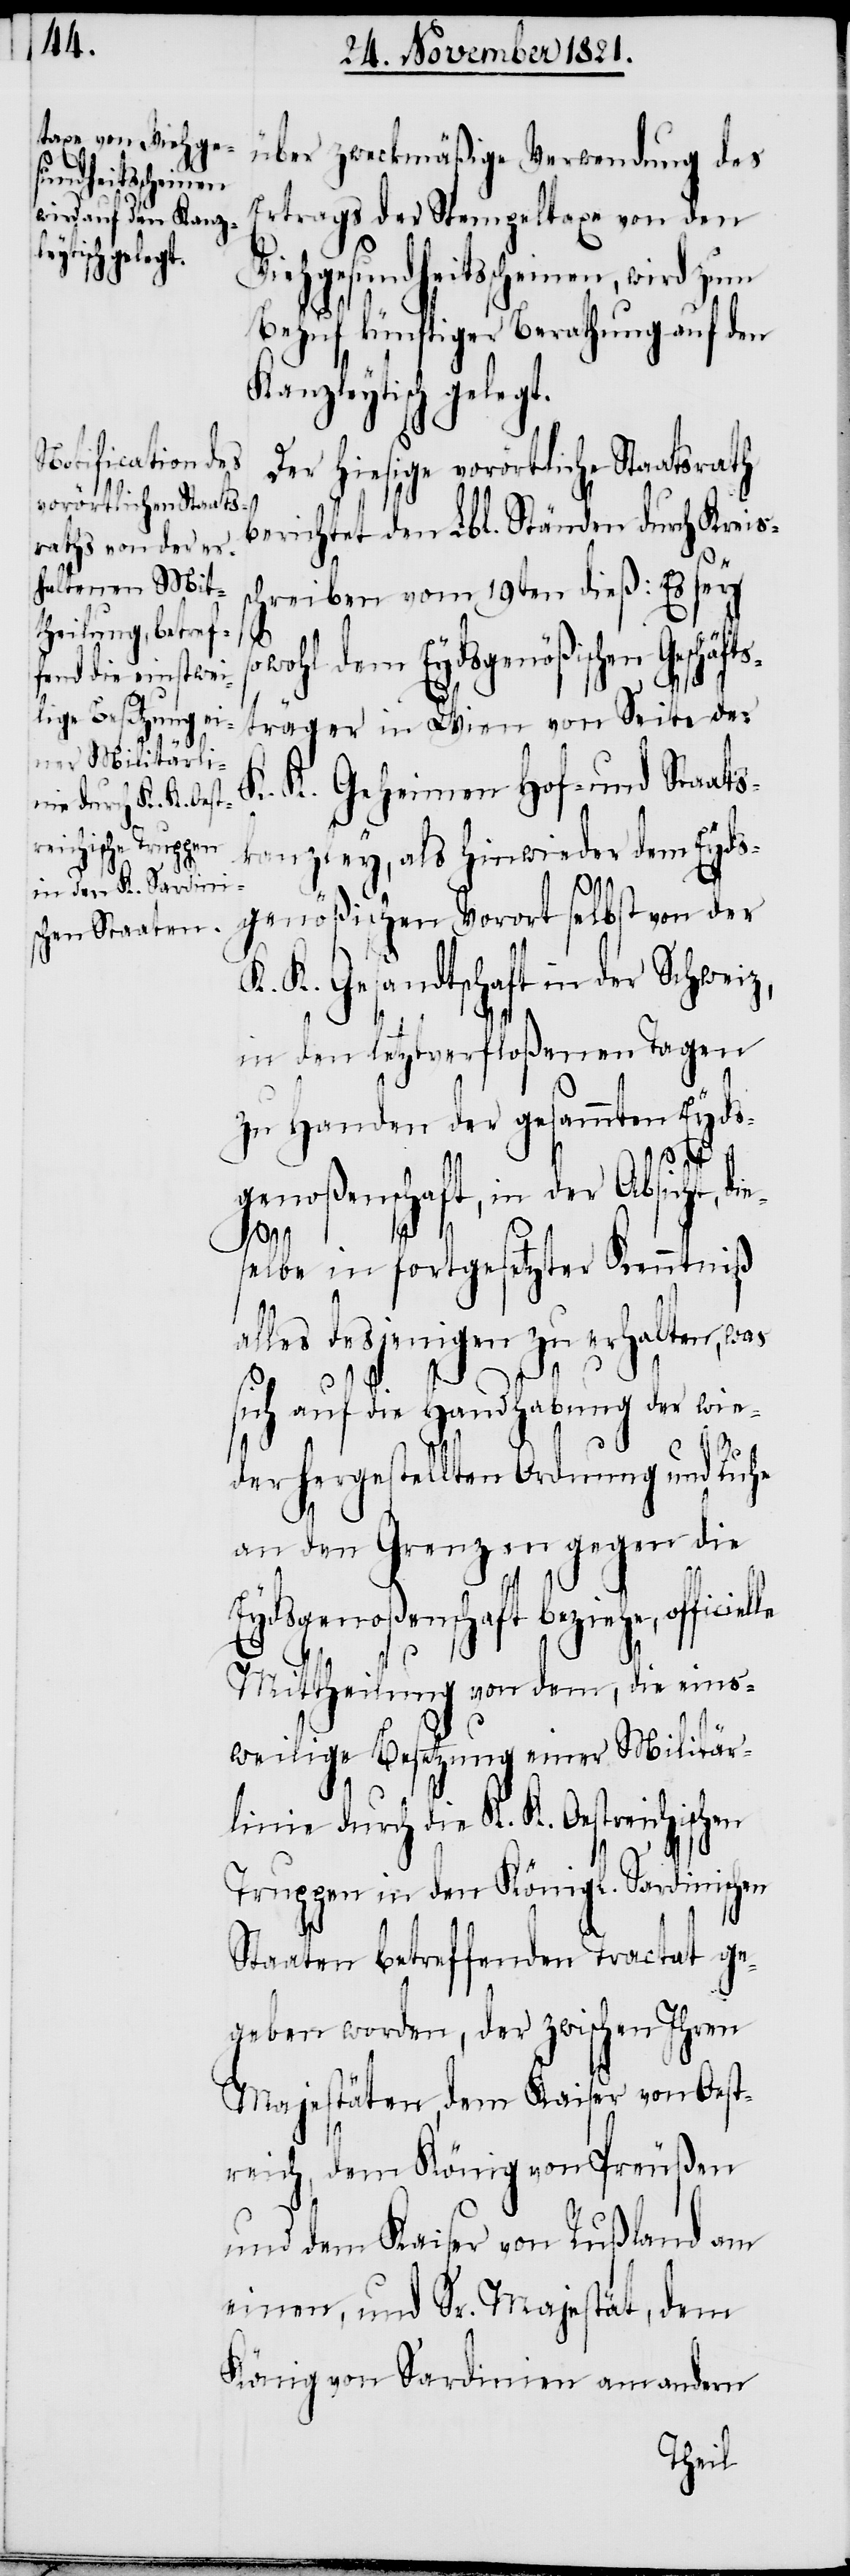
über zweckmäßige Verwendung des
Ertrags der Stempeltaxe von den
Viehgesundheitsscheinen, wird zum
Behuf künftiger Berathung auf den
Kanzleytisch gelegt.
Der hiesige vorörtliche Staatsrath
berichtet den Lbl. Ständen durch Kreis¬
chreiben vom 19ten dieß: Es sey
le
wohl dem Eydsgenößischen Geschäf¬
träger in Wien von Seite der
K. K. Geheimen Hof- und Staats¬
kanzley, als hinwieder dem Eyds¬
genößischen Vorort selbst von der
K. K. Gesandtschaft in der Schweiz,
in den letztverfloßenen Tagen
zu Handen der gesammten Eyds¬
genoßenschaft, in der Absicht, dies¬
elbe in fortgesetzter Kenntniß
alles desjenigen zu erhalten, was
sich auf die Handhabung der wie¬
derhergestellten Ordnung und Ruhe
an den Grenzen gegen die
Eydsgenoßenschaft beziehe, offici¬
Mittheilung von dem, die eins¬
weilige Besetzung einer Militär¬
linie durch die K. K. Oestreichischen
Truppen in den Königl. Sardinischen
Staaten betreffenden Tractat ge¬
geben worden, der zwischen Ihren
Majestäten, dem Kaiser von Oest¬
reich, dem König von Preußen
und dem Kaiser von Rußland am
einen, und Sr. Majestät, dem
König von Sardinien am andern